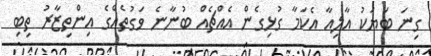
ގިނަ ބަޔަކު އާލިއާ އެކަމާ ގުޅިގެން އެއްޗެއް ބުނާނެ ވަގުތެއްގެ އިންތިޒާރު ތިބި